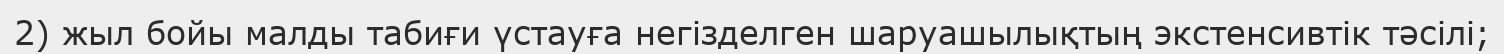
2) жыл бойы малды табиғи үстауға негізделген шаруашылықтың экстенсивтік тәсілі;